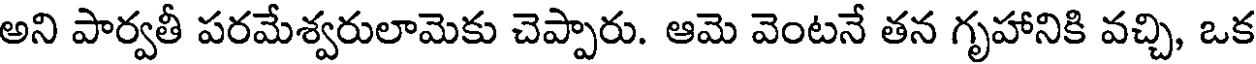
అని పార్వతీ పరమేశ్వరులామెకు చెప్పారు. ఆమె వెంటనే తన గృహానికి వచ్చి, ఒక